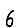
Digit: 6